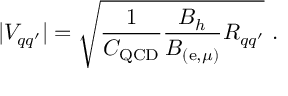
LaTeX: | V _ { q q ^ { \prime } } | = \sqrt { \frac { 1 } { C _ { \mathrm { Q C D } } } \frac { B _ { h } } { B _ { ( \mathrm { e } , \mu ) } } R _ { q q ^ { \prime } } } \ .